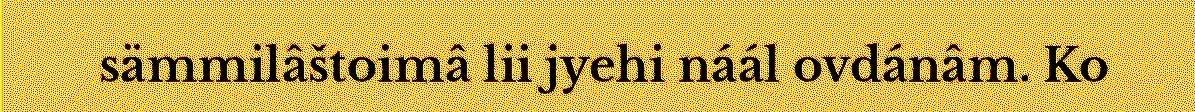
sämmilâštoimâ lii jyehi náál ovdánâm. Ko